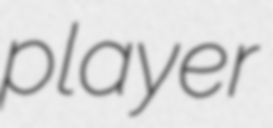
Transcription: player